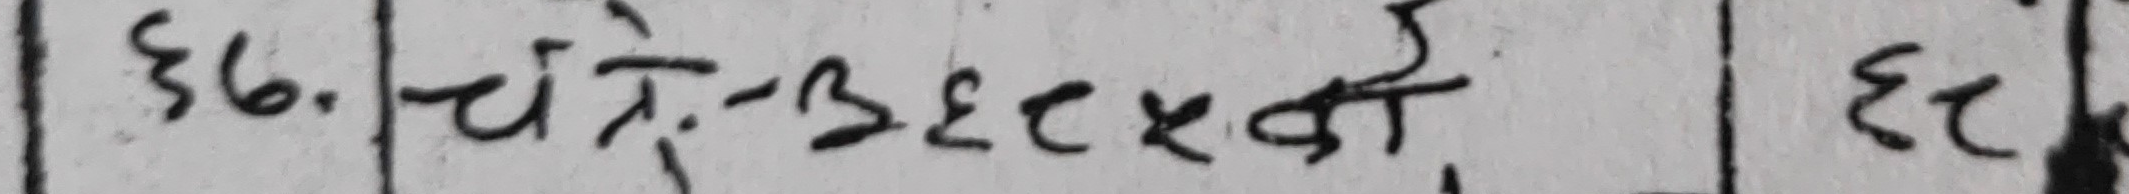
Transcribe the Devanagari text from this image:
३६. चाँ:-बेसिकोर्डी, ६९